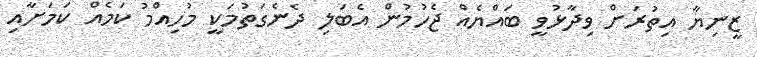
ޒީނިޔާ އިތުރަށް ވިދާޅުވީ ބައްޔެއް ޖެހުމުން އެބަލި ދެނެގަތުމަކީ މުހިއްމު ކަމެއް ކަމަށާއި